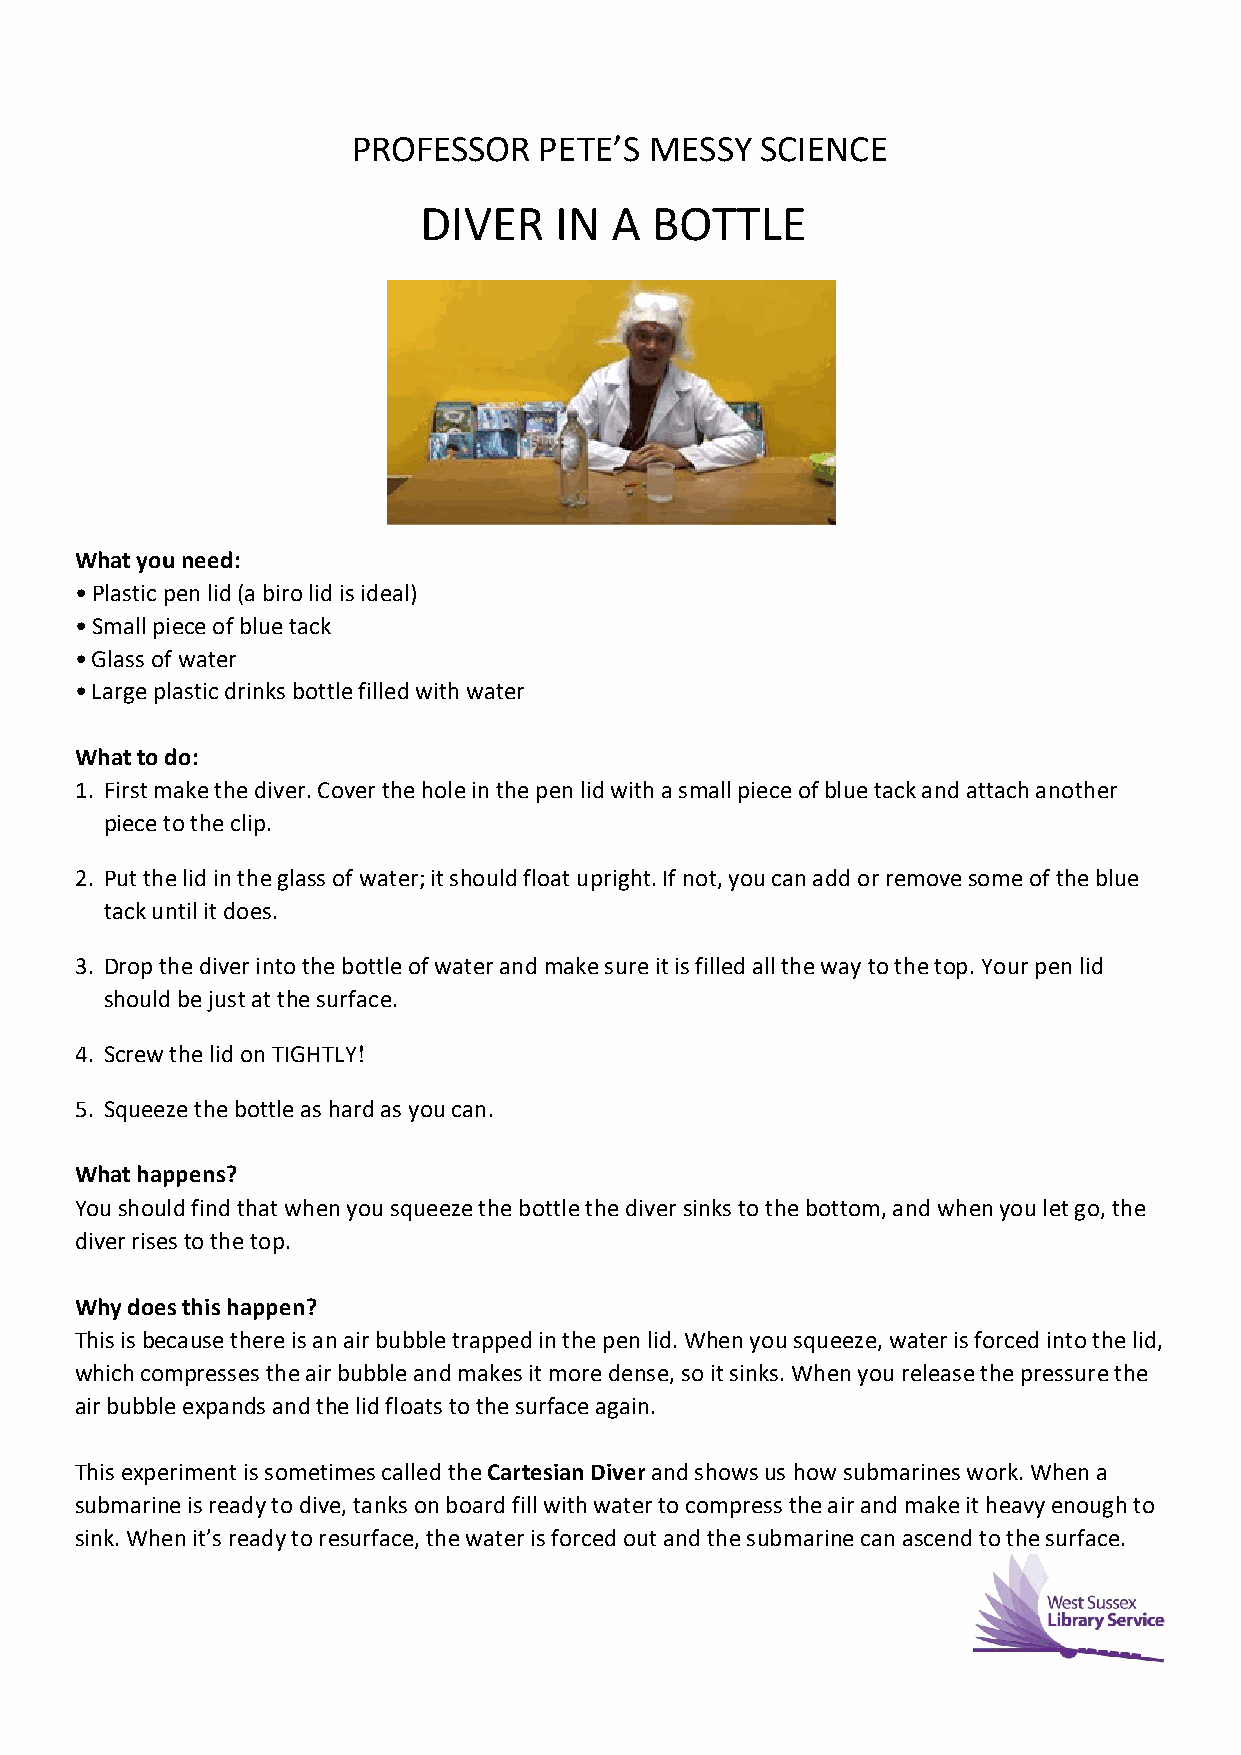
PROFESSOR    PETE’S MESSY  SCIENCE
 DIVER    IN A  BOTTLE
 What you need:
 • Plastic pen lid (a biro lid is ideal)
 • Small piece of blue tack
 • Glass of water
 • Large plastic drinks bottle filled with water
 What to do:
 1. First make the diver. Cover the hole in the pen lid with a small piece of blue tack and attach another
 piece to the clip.
 2. Put the lid in the glass of water; it should float upright. If not, you can add or remove some of the blue
 tack until it does.
 3. Drop the diver into the bottle of water and make sure it is filled all the way to the top. Your pen lid
 should be just at the surface.
 4. Screw the lid on TIGHTLY!
 5. Squeeze the bottle as hard as you can.
 What happens?
 You should find that when you squeeze the bottle the diver sinks to the bottom, and when you let go, the
 diver rises to the top.
 Why does this happen?
 This is because there is an air bubble trapped in the pen lid. When you squeeze, water is forced into the lid,
 which compresses the air bubble and makes it more dense, so it sinks. When you release the pressure the
 air bubble expands and the lid floats to the surface again.
 This experiment is sometimes called the Cartesian Diver and shows us how submarines work. When a
 submarine is ready to dive, tanks on board fill with water to compress the air and make it heavy enough to
 sink. When it’s ready to resurface, the water is forced out and the submarine can ascend to the surface.